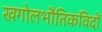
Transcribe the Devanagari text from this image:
खगोलभौतिकविदों